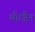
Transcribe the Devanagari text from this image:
थी।जैन